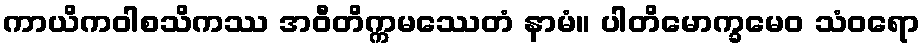
ကာယိကဝါစသိကဿ အဝီတိက္ကမဿေတံ နာမံ။ ပါတိမောက္ခမေဝ သံဝရော